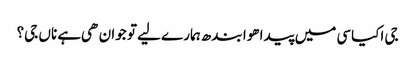
جی اکیاسی میں پیدا هوا بندھ ہمارے لیے تو جوان هی ہے ناں جی؟